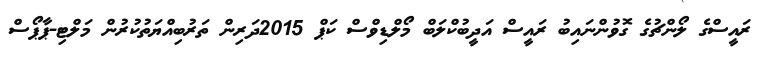
ރައީސްގެ ލޯންޗުގެ ގޮވުންނައިބު ރައީސް އަދީބުކްލަބް މޯލްޑިވްސް ކަޕް 2015ދަރިން ތަރުބިއްޔަތުކުރުން މަލްޓި-ޕާޕޯސް